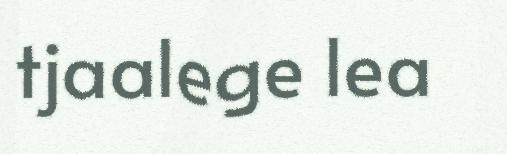
tjaalege lea